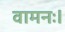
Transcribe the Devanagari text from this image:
वामनः।